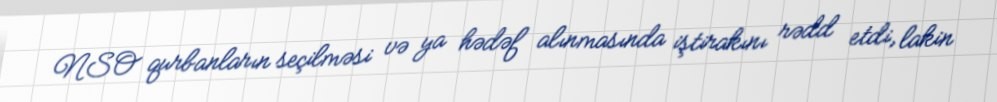
NSO qurbanların seçilməsi və ya hədəf alınmasında iştirakını rədd etdi, lakin